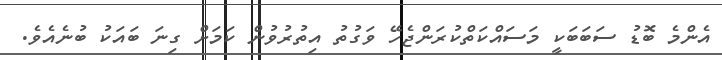
އެންމެ ބޮޑު ސަބަބަކީ މަސައްކަތްކުރަންޖެހޭ ވަގުތު އިތުރުވުން ކަމަށް ގިނަ ބައަކު ބުނެއެވެ.